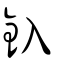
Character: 釞